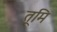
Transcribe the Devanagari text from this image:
तूमि